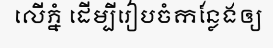
លើភ្នំ ដើម្បីរៀបចំកន្លែងឲ្យ